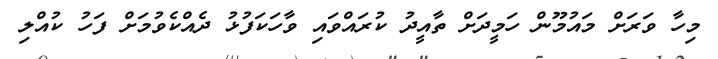
މިހާ ވަރަށް މައުމޫން ހަމީދަށް ތާއީދު ކުރައްވައި ވާހަކަފުޅު ދެއްކެވުމަށް ފަހު ކުއްލި